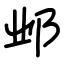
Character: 邺